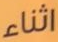
اثناء